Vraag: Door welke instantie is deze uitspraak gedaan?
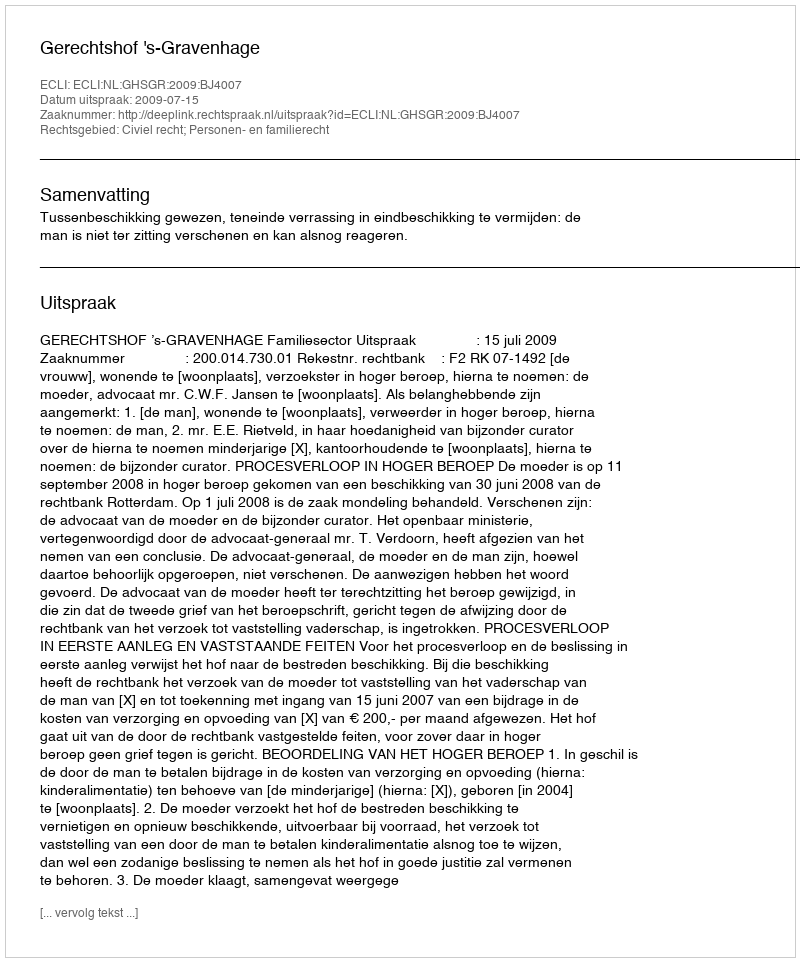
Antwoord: Gerechtshof 's-Gravenhage